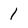
Character: 1